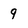
Character: 9